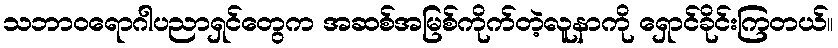
သဘာဝရောဂါပညာရှင်တွေက အဆစ်အမြစ်ကိုက်တဲ့လူနာကို ရှောင်ခိုင်းကြတယ်။